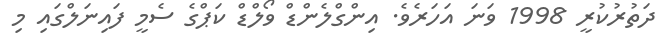
ދަތުރުކުރީ 1998 ވަނަ އަހަރެވެ. އިންގްލެންޑް ވޯލްޑް ކަޕްގެ ސެމީ ފައިނަލްގައި މި